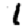
Digit: 1